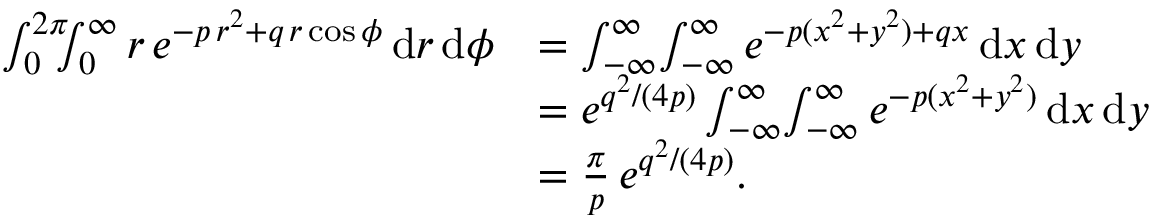
\begin{array} { r l } { \int _ { 0 } ^ { 2 \pi } \! \! \! \int _ { 0 } ^ { \infty } r \, e ^ { - p \, r ^ { 2 } + q \, r \cos \phi } \, \mathrm { d } r \, \mathrm { d } \phi } & { = \int _ { - \infty } ^ { \infty } \! \int _ { - \infty } ^ { \infty } e ^ { - p ( x ^ { 2 } + y ^ { 2 } ) + q x } \, \mathrm { d } x \, \mathrm { d } y } \\ & { = e ^ { q ^ { 2 } / ( 4 p ) } \int _ { - \infty } ^ { \infty } \! \int _ { - \infty } ^ { \infty } e ^ { - p ( x ^ { 2 } + y ^ { 2 } ) } \, \mathrm { d } x \, \mathrm { d } y } \\ & { = \frac { \pi } { p } \, e ^ { q ^ { 2 } / ( 4 p ) } . } \end{array}